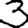
Digit: 3